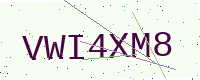
Text: VWI4XM8